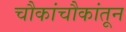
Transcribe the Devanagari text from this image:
चौकांचौकांतून